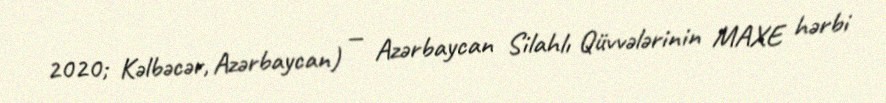
2020; Kəlbəcər, Azərbaycan) — Azərbaycan Silahlı Qüvvələrinin MAXE hərbi